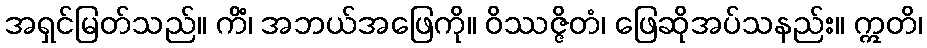
အရှင်မြတ်သည်။ ကိံ၊ အဘယ်အဖြေကို။ ဝိဿဇ္ဇိတံ၊ ဖြေဆိုအပ်သနည်း။ ဣတိ၊